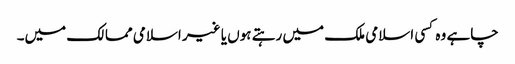
چاہے وہ کسی اسلامی ملک میں رہتے ہوں یا غیر اسلامی ممالک میں۔